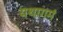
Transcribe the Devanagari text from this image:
यथागमं